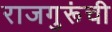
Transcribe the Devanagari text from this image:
राजगुरूंची